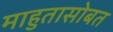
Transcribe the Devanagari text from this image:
माहुतासोबत